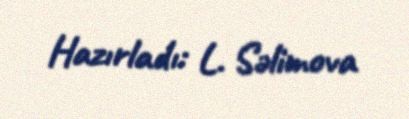
Hazırladı: L. Səlimova